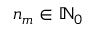
n _ { m } \in \mathbb { N } _ { 0 }